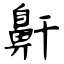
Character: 鼾